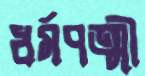
ধর্মপত্মী